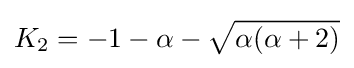
K_{2}=-1-\alpha -{\sqrt {\alpha (\alpha +2)}}